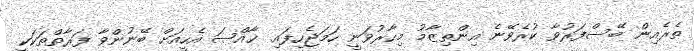
ތެރެއިން ބޭސްފަރުވާ ކުރެވޭނެ އިންތިޒާމު މިހާރުވަނީ ހަމަޖެހިފައި. ޚާއްޞަ އެހީއަށް ބޭނުންވާ ފަރާތްތަކަކީ